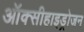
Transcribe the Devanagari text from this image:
ऑक्सीहाइड्रोजन